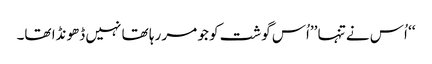
‘‘ اُس نے تنہا ’’اُس گوشت کو جو مر رہا تھا نہیں ڈھونڈا تھا۔